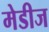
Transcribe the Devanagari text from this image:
मेडीज